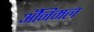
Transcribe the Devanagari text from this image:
अॅनिमल